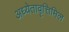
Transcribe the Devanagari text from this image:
अध्येतावृत्तिमिल